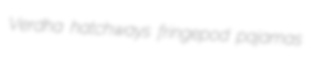
Verdha hatchways fringepod pajamas